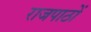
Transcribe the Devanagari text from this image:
राजपाठों